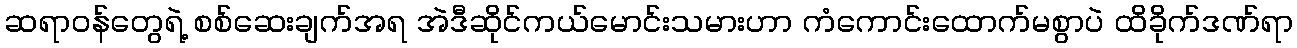
ဆရာဝန်တွေရဲ့ စစ်ဆေးချက်အရ အဲဒီဆိုင်ကယ်မောင်းသမားဟာ ကံကောင်းထောက်မစွာပဲ ထိခိုက်ဒဏ်ရာ